Indian journal of veterinary science and animal husbandry - Volumes 15-17, 1948-1951
Year: 1948
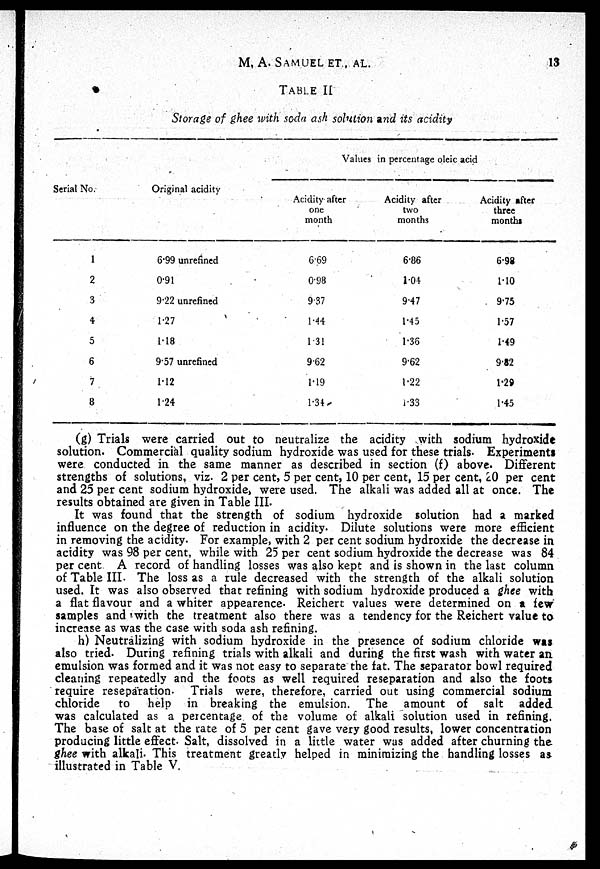
M, A.
SAMUEL
ET.,
AL.
13
TABLE II
Storage of ghee with soda ash solution and its acidity
Serial No.
1
2
3
4
5
6
7
8
Original acidity
6.99 unrefined
0.91
9.22 unrefined
1.27
1.18
9.57 unrefined
1.12
1.24
Values in percentage oleic acid
Acidity after
one
month
6.69
0.98
9.37
1.44
1.31
9.62
1.19
1.34
Acidity after
two
months
6.86
1.04
9.47
1.45
1.36
9.62
1.22
1.33
Acidity after
three
months
6.98
1.10
9.75
1.57
1.49
9.82
1.29
1.45
(g) Trials were carried out to neutralize the acidity with sodium hydroxide
solution. Commercial quality sodium hydroxide was used for these trials. Experiments
were conducted in the same manner as described in section (f) above. Different
strengths of solutions, viz. 2 per cent, 5 per cent, 10 per cent, 15 per cent, 20 per cent
and 25 per cent sodium hydroxide, were used. The alkali was added all at once. The
results obtained are given in Table III.
It was found that the strength of sodium hydroxide solution had a marked
influence on the degree of reduction in acidity. Dilute solutions were more efficient
in removing the acidity. For example, with 2 per cent sodium hydroxide the decrease in
acidity was 98 per cent, while with 25 per cent sodium hydroxide the decrease was 84
per cent A record of handling losses was also kept and is shown in the last column
of Table III. The loss as a rule decreased with the strength of the alkali solution
used. It was also observed that refining with sodium hydroxide produced a ghee with
a flat flavour and a whiter appearence. Reichert values were determined on a few
samples and with the treatment also there was a tendency for the Reichert value to
increase as was the case with soda ash refining.
h) Neutralizing with sodium hydroxide in the presence of sodium chloride was
also tried. During refining trials with alkali and during the first wash with water an
emulsion was formed and it was not easy to separate the fat. The separator bowl required
cleaning repeatedly and the foots as well required reseparation and also the foots
require reseparation. Trials were, therefore, carried out using commercial sodium
chloride
to help in breaking the emulsion. The amount of salt added
was calculated as a percentage of the volume of alkali solution used in refining.
The base of salt at the rate of 5 per cent gave very good results, lower concentration
producing little effect. Salt, dissolved in a little water was added after churning the
ghee with alkali. This treatment greatly helped in minimizing the handling losses as
illustrated in Table V.